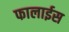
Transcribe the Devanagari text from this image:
फालाईस